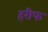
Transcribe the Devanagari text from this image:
हरीफ